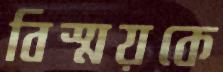
বিস্ময়কে